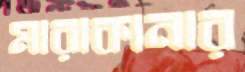
মারাকানার